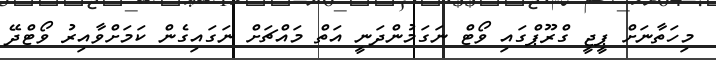
މިހަތާނަށް ޕީޖީ ގްރޫޕްގައި ވޯޓް ނަގަމުންދަނީ އަތް މައްޗަށް ނަގައިގެން ކަމަށްވާއިރު ވޯޓްދޭ